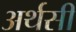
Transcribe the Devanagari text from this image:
अर्थसी